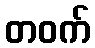
တဝက်